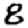
Digit: 8